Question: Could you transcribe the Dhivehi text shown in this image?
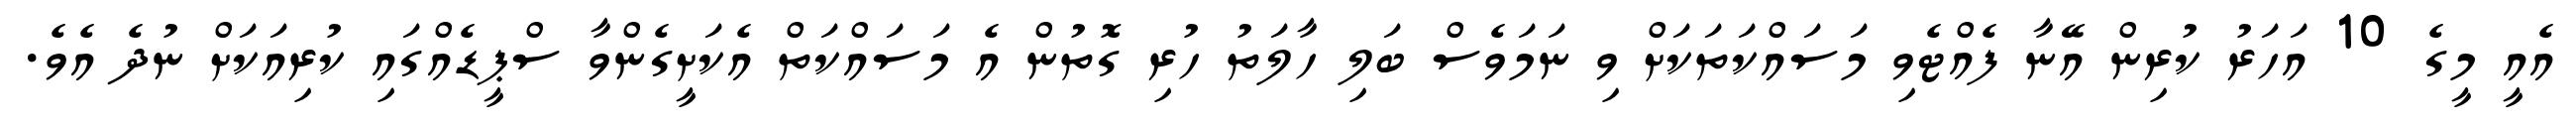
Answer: އެއީ މީގެ 10 އަހަރު ކުރިން އޭނާ ފެއްޓެވި މަސައްކަތަކަށް ވި ނަމަވެސް ބަލި ހާލަތު ހުރި ގޮތުން އެ މަސައްކަތް އެކަށީގެންވާ ސްޕީޑެއްގައި ކުރިއަކަށް ނުދެ އެވެ.